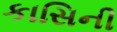
કાસિની